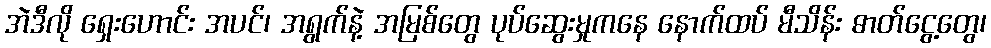
အဲဒီလို ရှေးဟောင်း အပင်၊ အရွက်နဲ့ အမြစ်တွေ ပုပ်ဆွေးမှုကနေ နောက်ထပ် မီသိန်း ဓာတ်ငွေ့တွေ၊